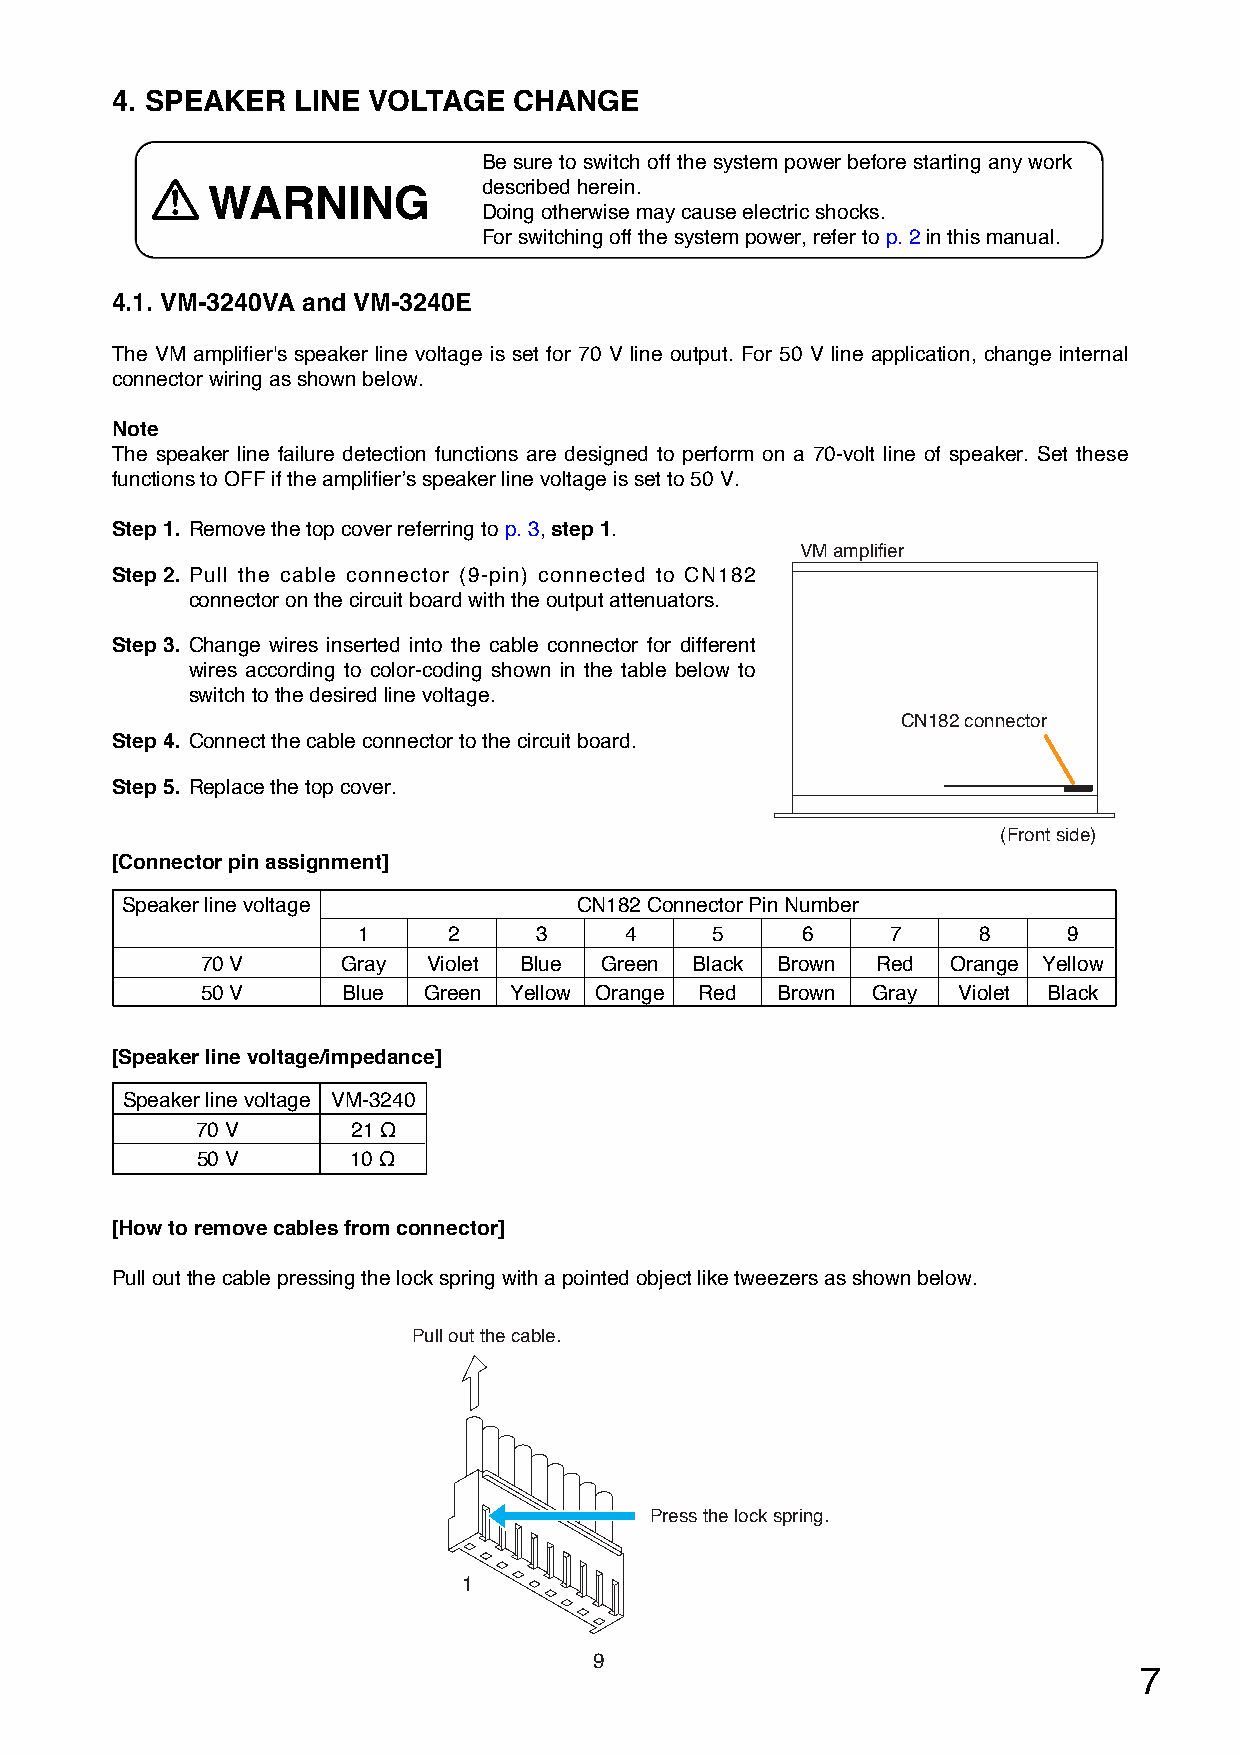
4. SPEAKER  LINE VOLTAGE   CHANGE
 Be sure to switch off the system power before starting any work
 WARNING           described herein.
 Doing otherwise may cause electric shocks.
 For switching off the system power, refer to p. 2in this manual.
 4.1. VM-3240VA and VM-3240E
 The VM amplifier's speaker line voltage is set for 70 V line output. For 50 V line application, change internal
 connector wiring as shown below.
 Note
 The speaker line failure detection functions are designed to perform on a 70-volt line of speaker. Set these
 functions to OFF if the amplifier’s speaker line voltage is set to 50 V.
 Step 1. Remove the top cover referring to p. 3, step 1.
 VM amplifier
 Step 2. Pull the cable connector (9-pin) connected to CN182
 connector on the circuit board with the output attenuators.
 Step 3. Change wires inserted into the cable connector for different
 wires according to color-coding shown in the table below to
 switch to the desired line voltage.
 CN182 connector
 Step 4. Connect the cable connector to the circuit board.
 Step 5. Replace the top cover.
 (Front side)
 [Connector pin assignment]
 Speaker line voltage          CN182 Connector Pin Number
 1     2    3     4     5     6     7     8     9
 70 V      Gray Violet Blue Green Black Brown Red  Orange Yellow
 50 V      Blue Green Yellow Orange Red Brown Gray Violet Black
 [Speaker line voltage/impedance]
 Speaker line voltage VM-3240
 70 V      21 Ω
 50 V      10 Ω
 [How to remove cables from connector]
 Pull out the cable pressing the lock spring with a pointed object like tweezers as shown below.
 Pull out the cable.
 Press the lock spring.
 1
 9
 7